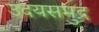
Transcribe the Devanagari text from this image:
उदयसमुद्र